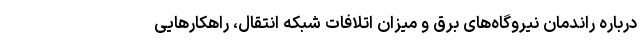
درباره راندمان نیروگاه‌های برق و میزان اتلافات شبکه انتقال، راهکارهایی